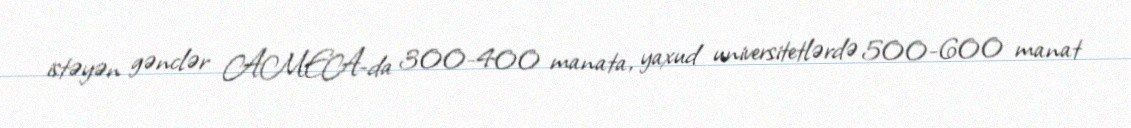
istəyən gənclər AMEA-da 300-400 manata, yaxud universitetlərdə 500-600 manat